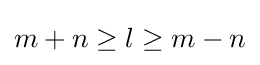
m+n\geq l\geq m-n